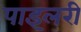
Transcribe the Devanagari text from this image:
पाइलरी